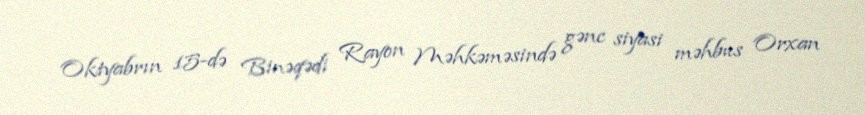
Oktyabrın 15-də Binəqədi Rayon Məhkəməsində gənc siyasi məhbus Orxan